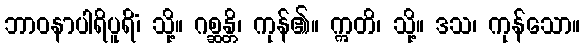
ဘာဝနာပါရိပူရိံ၊ သို့။ ဂစ္ဆန္တိ၊ ကုန်၏။ ဣတိ၊ သို့။ ဒသ၊ ကုန်သော။